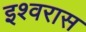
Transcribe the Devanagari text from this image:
इश्वरास